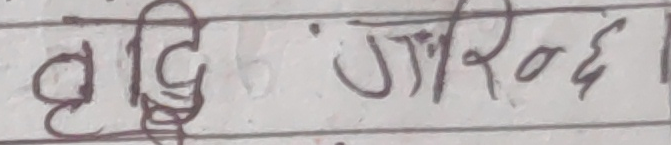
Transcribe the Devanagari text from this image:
बुद्धि जान्छ